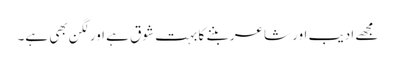
مجھے ادیب اور شاعر بننے کا بہت شوق ہے اور لگن بھی ہے۔